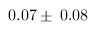
0 . 0 7 \pm \: 0 . 0 8